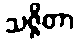
သဇ္ဇိတာ